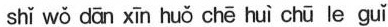
shǐ wǒ dān xīn huǒ chē huì chū le guǐ